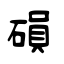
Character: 磒